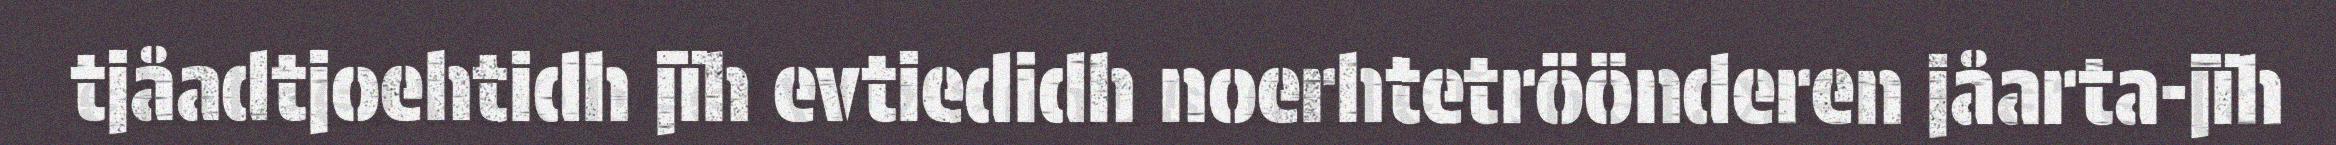
tjåadtjoehtidh jïh evtiedidh noerhtetröönderen jåarta-jïh